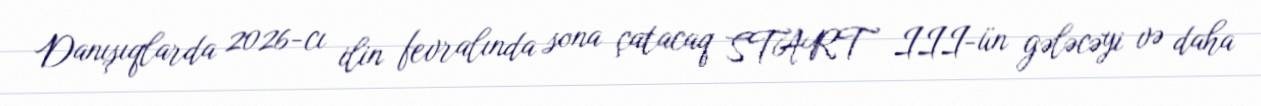
Danışıqlarda 2026-cı ilin fevralında sona çatacaq START III-ün gələcəyi və daha